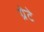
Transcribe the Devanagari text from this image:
ग्रेटे